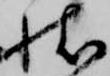
状